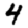
Digit: 4